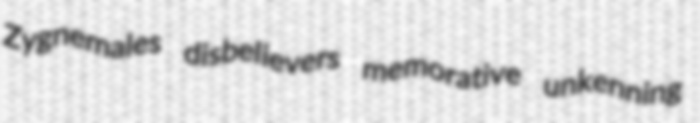
Zygnemales disbelievers memorative unkenning